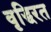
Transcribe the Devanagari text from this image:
वृद्धिरत